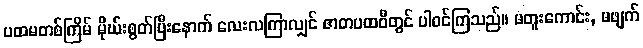
ပထမတစ်ကြိမ် မိုဃ်းစွတ်ပြီးနောက် လေးလကြာလျှင် ဇာတပထဝီတွင် ပါဝင်ကြသည်။ မတူးကောင်း, မဖျက်